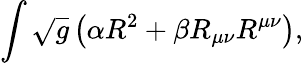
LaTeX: \int\sqrt{g}\left(\alpha R^{2}+\beta R_{\mu\nu}R^{\mu\nu}\right),